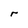
Character: r